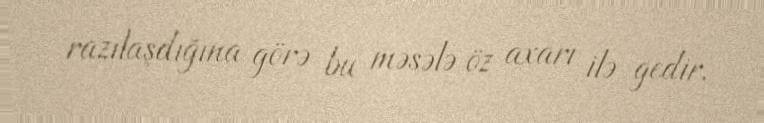
razılaşdığına görə bu məsələ öz axarı ilə gedir.